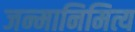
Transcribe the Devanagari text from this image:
जन्मानिमित्य